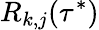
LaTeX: R_{k,j}(\tau^{*})